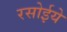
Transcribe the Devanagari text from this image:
रसोईये